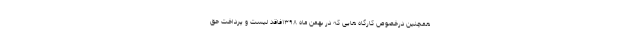
همچنین درخصوص کارگاه هایی که در بهمن ماه ۱۳۹۸فاقد لیست و پرداخت حق